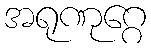
အရုဏုဂ္ဂေ